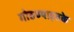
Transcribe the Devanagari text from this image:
गोठण्याइतके